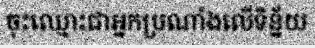
ចុះឈ្មោះជាអ្នកប្រណាំងលើទិន្ន័យ